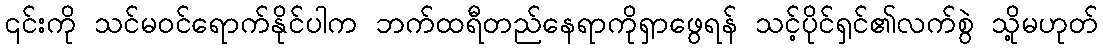
၎င်းကို သင်မဝင်ရောက်နိုင်ပါက ဘက်ထရီတည်နေရာကိုရှာဖွေရန် သင့်ပိုင်ရှင်၏လက်စွဲ သို့မဟုတ်